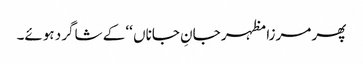
پھر مرزا مظہر جانِ جاناں ‘‘ کے شاگرد ہوئے۔